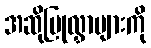
အဆိုပြုလွှာများကို